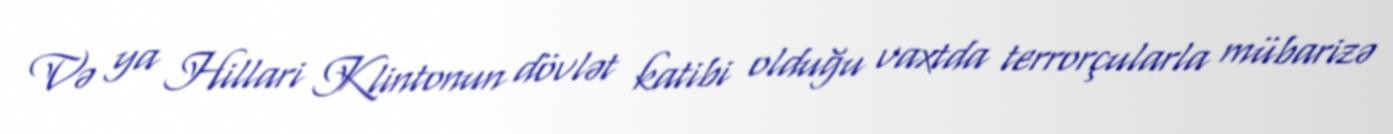
Və ya Hillari Klintonun dövlət katibi olduğu vaxtda terrorçularla mübarizə